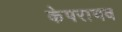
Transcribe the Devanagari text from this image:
केपराभव